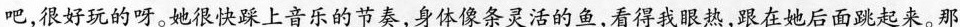
吧,很好玩的呀。她很快踩上音乐的节泰,身体像条灵活的鱼,看得我眼热,跟在她后面跳起来。那